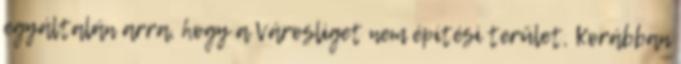
egyáltalán arra, hogy a Városliget nem építési terület, Korábban